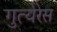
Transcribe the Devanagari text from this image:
गुत्येरेस